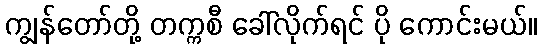
ကျွန်တော်တို့ တက္ကစီ ခေါ်လိုက်ရင် ပို ကောင်းမယ်။